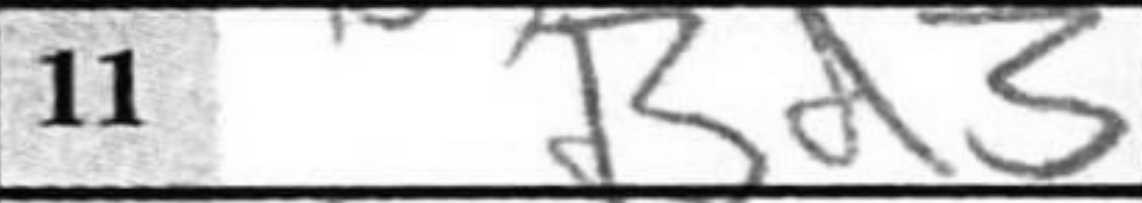
Transcription: Bd3